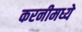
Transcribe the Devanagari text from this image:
करनीमध्ये